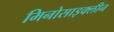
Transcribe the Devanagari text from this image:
मिनोसाइक्लीन